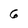
Character: 6